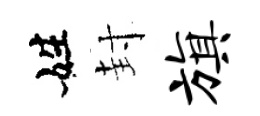
姓封旗